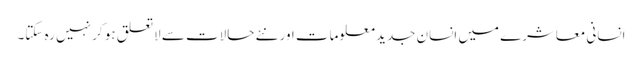
انسانی معاشرے میں انسان جدید معلومات اور نئے حالات سے لاتعلق ہو کر نہیں رہ سکتا۔